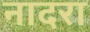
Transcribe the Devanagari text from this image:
नादरा